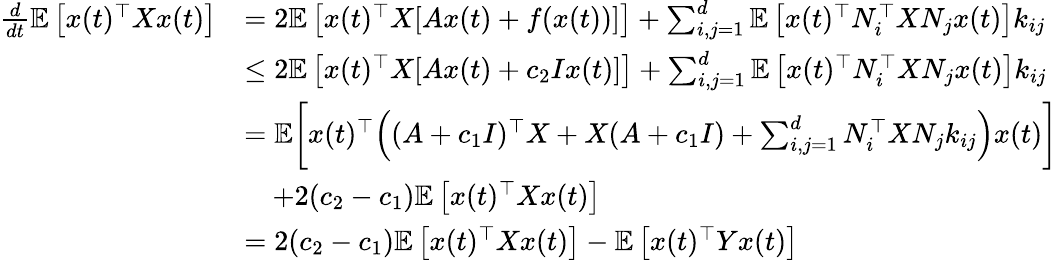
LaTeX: \begin{array}{rl}{\frac{d}{dt}\mathbb E\left[x(t)^{\top}Xx(t)\right]}&{=2\mathbb E\left[x(t)^{\top}X[Ax(t)+f(x(t))]\right]+\sum_{i,j=1}^{d}\mathbb E\left[x(t)^{\top}N_{i}^{\top}XN_{j}x(t)\right]k_{ij}}\\ &{\leq 2\mathbb E\left[x(t)^{\top}X[Ax(t)+c_{2}Ix(t)]\right]+\sum_{i,j=1}^{d}\mathbb E\left[x(t)^{\top}N_{i}^{\top}XN_{j}x(t)\right]k_{ij}}\\ &{=\mathbb E\bigg[x(t)^{\top}\Big((A+c_{1}I)^{\top}X+X(A+c_{1}I)+\sum_{i,j=1}^{d}N_{i}^{\top}XN_{j}k_{ij}\Big)x(t)\bigg]}\\ &{\quad+2(c_{2}-c_{1})\mathbb E\left[x(t)^{\top}Xx(t)\right]}\\ &{=2(c_{2}-c_{1})\mathbb E\left[x(t)^{\top}Xx(t)\right]-\mathbb E\left[x(t)^{\top}Yx(t)\right]}\end{array}